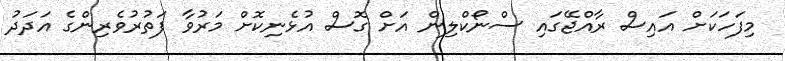
މިފަހަކަށް އައިސް ރާއްޖޭގައި ސްނޯކްލިން އަށް ގޮސް އުޅެނިކޮށް މަރުވާ ފަތުރުުވެރިންގެ އަދަދު